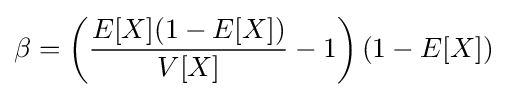
\beta =\left({\frac {E[X](1-E[X])}{V[X]}}-1\right)(1-E[X])